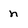
Character: n